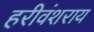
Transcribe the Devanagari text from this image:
हरीवंशराय